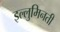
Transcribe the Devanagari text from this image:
इल्लुमिनती